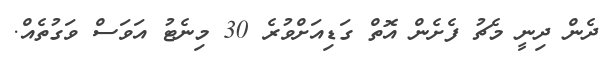
ދެން ދިނީ މެޗު ފެށެން އޮތް ގަޑިއަށްވުރެ 30 މިނެޓު އަވަސް ވަގުތެއް.